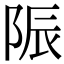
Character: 陙